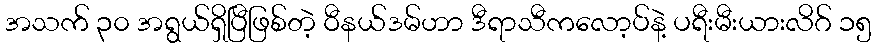
အသက် ၃၀ အရွယ်ရှိပြီဖြစ်တဲ့ ဝီနယ်ဒမ်ဟာ ဒီရာသီကလော့ပ်နဲ့ ပရီးမီးယားလိဂ် ၁၅